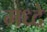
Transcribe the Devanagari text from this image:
मध्दे